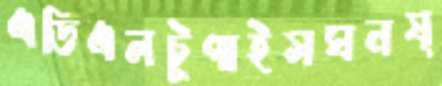
এডিএলটুপাইসঘনষ্